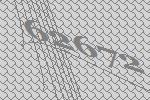
62672